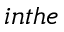
i n t h e